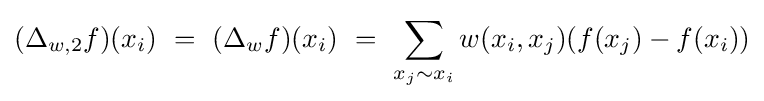
(\Delta _{w,2}f)(x_{i})\ =\ (\Delta _{w}f)(x_{i})\ =\ \sum _{x_{j}\sim x_{i}}w(x_{i},x_{j})(f(x_{j})-f(x_{i}))